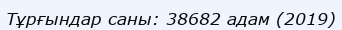
Тұрғындар саны: 38682 адам (2019)